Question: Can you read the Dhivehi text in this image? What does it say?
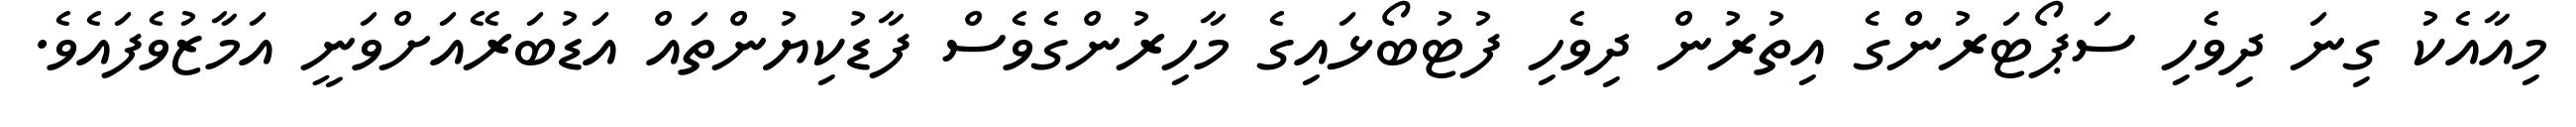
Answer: މިއާއެކު ގިނަ ދިވެހި ސަޕޯޓަރުންގެ އިތުރުން ދިވެހި ފުޓުބޯޅައިގެ މާހިރުންގެވެސް ފާޑުކިޔުންތައް އަޑުބަރޭއަށްވަނީ އަމާޒުވެފައެވެ.